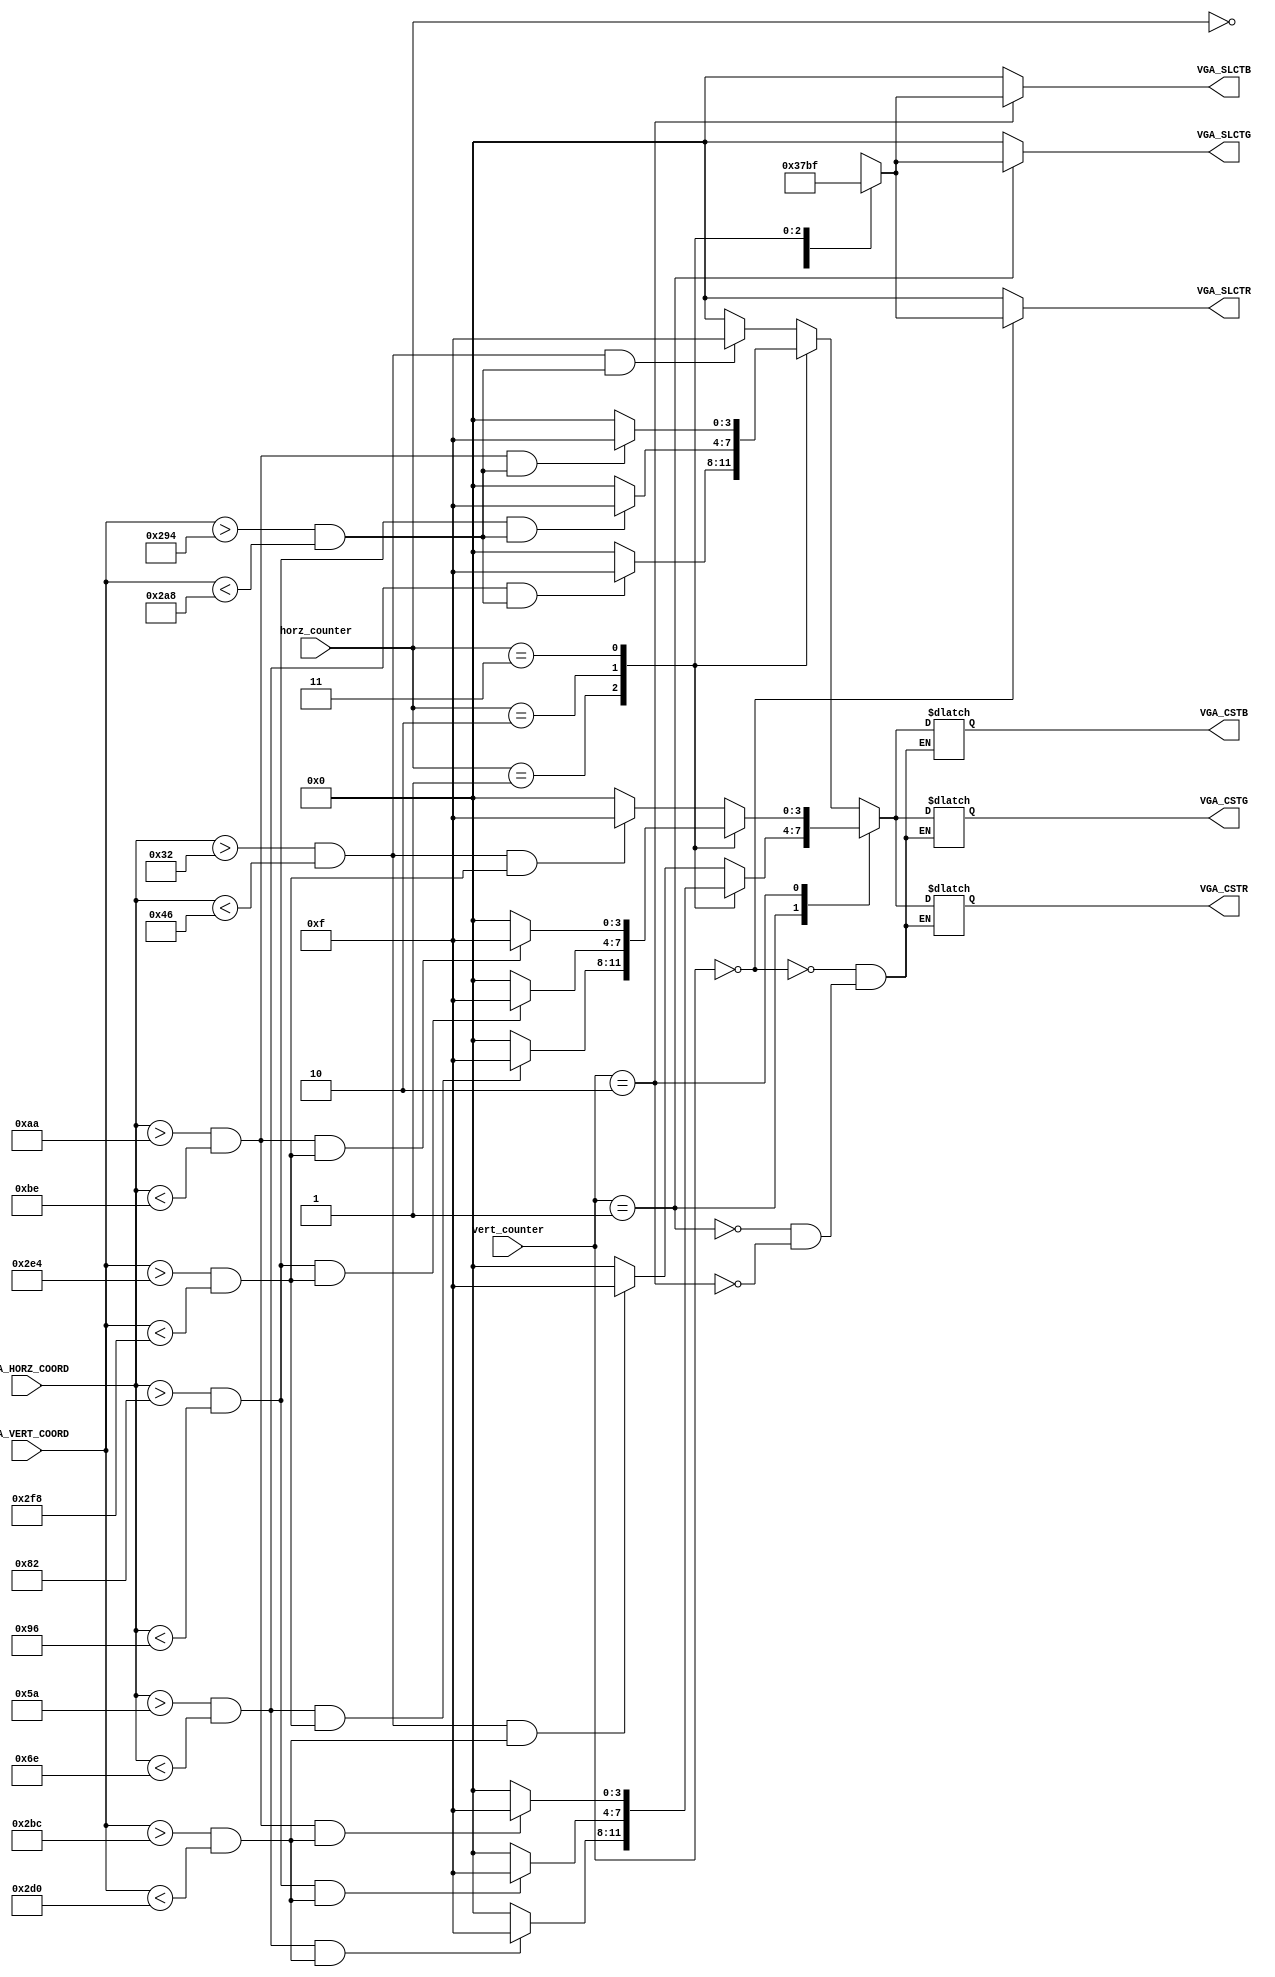
`timescale 1ns / 1ps

module clr_selection(
    input [11:0] VGA_HORZ_COORD,
    input [11:0] VGA_VERT_COORD,
    input [1:0] horz_counter,
    input [1:0] vert_counter,
    output reg [3:0] VGA_CSTR,
    output reg [3:0] VGA_CSTG,
    output reg [3:0] VGA_CSTB,
    
    output reg [3:0] VGA_SLCTR,
    output reg [3:0] VGA_SLCTG,
    output reg [3:0] VGA_SLCTB
    );
    
    parameter sep = 40;
    parameter x_left = 40; 
    parameter redrow = 410 + sep*6;
    parameter greenrow = 410 + sep*7;
    parameter bluerow = 410 + sep*8;
    
    wire Horz_Condition_0 = (VGA_HORZ_COORD > x_left+10 && VGA_HORZ_COORD < x_left+30);
    wire Horz_Condition_1 = (VGA_HORZ_COORD > x_left+10+sep*1 && VGA_HORZ_COORD < x_left+30+sep*1);
    wire Horz_Condition_2 = (VGA_HORZ_COORD > x_left+10+sep*2 && VGA_HORZ_COORD < x_left+30+sep*2);
    wire Horz_Condition_3 = (VGA_HORZ_COORD > x_left+10+sep*3 && VGA_HORZ_COORD < x_left+30+sep*3);
    
    wire Vert_Condition_0 = (VGA_VERT_COORD > redrow+10 && VGA_VERT_COORD < redrow+30);
    wire Vert_Condition_1 = (VGA_VERT_COORD > greenrow+10 && VGA_VERT_COORD < greenrow+30);
    wire Vert_Condition_2 = (VGA_VERT_COORD > bluerow+10 && VGA_VERT_COORD < bluerow+30);
    
    always@(*) begin
        VGA_SLCTR <= 4'h0;
        VGA_SLCTG <= 4'h0;
        VGA_SLCTB <= 4'h0;
        
        case(vert_counter)
            0:
                begin
                case(horz_counter)
                    0:
                        begin
                            VGA_CSTR <= (Horz_Condition_0 && Vert_Condition_0) ? 4'hf : 0;
                            VGA_CSTG <= (Horz_Condition_0 && Vert_Condition_0) ? 4'hf : 0;
                            VGA_CSTB <= (Horz_Condition_0 && Vert_Condition_0) ? 4'hf : 0;
                            VGA_SLCTR <= 4'h3;
                        end
                    1:
                        begin
                            VGA_CSTR <= (Horz_Condition_1 && Vert_Condition_0) ? 4'hf : 0;
                            VGA_CSTG <= (Horz_Condition_1 && Vert_Condition_0) ? 4'hf : 0;
                            VGA_CSTB <= (Horz_Condition_1 && Vert_Condition_0) ? 4'hf : 0;
                            VGA_SLCTR <= 4'h7;
                        end
                    2:
                        begin
                            VGA_CSTR <= (Horz_Condition_2 && Vert_Condition_0) ? 4'hf : 0;
                            VGA_CSTG <= (Horz_Condition_2 && Vert_Condition_0) ? 4'hf : 0;
                            VGA_CSTB <= (Horz_Condition_2 && Vert_Condition_0) ? 4'hf : 0;
                            VGA_SLCTR <= 4'hB;
                        end
                    3:
                        begin
                            VGA_CSTR <= (Horz_Condition_3 && Vert_Condition_0) ? 4'hf : 0;
                            VGA_CSTG <= (Horz_Condition_3 && Vert_Condition_0) ? 4'hf : 0;
                            VGA_CSTB <= (Horz_Condition_3 && Vert_Condition_0) ? 4'hf : 0;
                            VGA_SLCTR <= 4'hF;
                        end
                    endcase
                end
            1:
                begin
                case(horz_counter)
                    0:
                        begin
                            VGA_CSTR <= (Horz_Condition_0 && Vert_Condition_1) ? 4'hf : 0;
                            VGA_CSTG <= (Horz_Condition_0 && Vert_Condition_1) ? 4'hf : 0;
                            VGA_CSTB <= (Horz_Condition_0 && Vert_Condition_1) ? 4'hf : 0;
                            VGA_SLCTG <= 4'h3;
                        end
                    1:
                        begin
                            VGA_CSTR <= (Horz_Condition_1 && Vert_Condition_1) ? 4'hf : 0;
                            VGA_CSTG <= (Horz_Condition_1 && Vert_Condition_1) ? 4'hf : 0;
                            VGA_CSTB <= (Horz_Condition_1 && Vert_Condition_1) ? 4'hf : 0;
                            VGA_SLCTG <= 4'h7;
                        end
                    2:
                        begin
                            VGA_CSTR <= (Horz_Condition_2 && Vert_Condition_1) ? 4'hf : 0;
                            VGA_CSTG <= (Horz_Condition_2 && Vert_Condition_1) ? 4'hf : 0;
                            VGA_CSTB <= (Horz_Condition_2 && Vert_Condition_1) ? 4'hf : 0;
                            VGA_SLCTG <= 4'hB;
                        end
                    3:
                        begin
                            VGA_CSTR <= (Horz_Condition_3 && Vert_Condition_1) ? 4'hf : 0;
                            VGA_CSTG <= (Horz_Condition_3 && Vert_Condition_1) ? 4'hf : 0;
                            VGA_CSTB <= (Horz_Condition_3 && Vert_Condition_1) ? 4'hf : 0;
                            VGA_SLCTG <= 4'hF;
                        end
                    endcase
                end
            2:
                begin
                case(horz_counter)
                    0:
                        begin
                            VGA_CSTR <= (Horz_Condition_0 && Vert_Condition_2) ? 4'hf : 0;
                            VGA_CSTG <= (Horz_Condition_0 && Vert_Condition_2) ? 4'hf : 0;
                            VGA_CSTB <= (Horz_Condition_0 && Vert_Condition_2) ? 4'hf : 0;
                            VGA_SLCTB <= 4'h3;
                        end
                    1:
                        begin
                            VGA_CSTR <= (Horz_Condition_1 && Vert_Condition_2) ? 4'hf : 0;
                            VGA_CSTG <= (Horz_Condition_1 && Vert_Condition_2) ? 4'hf : 0;
                            VGA_CSTB <= (Horz_Condition_1 && Vert_Condition_2) ? 4'hf : 0;
                            VGA_SLCTB <= 4'h7;
                        end
                    2:
                        begin
                            VGA_CSTR <= (Horz_Condition_2 && Vert_Condition_2) ? 4'hf : 0;
                            VGA_CSTG <= (Horz_Condition_2 && Vert_Condition_2) ? 4'hf : 0;
                            VGA_CSTB <= (Horz_Condition_2 && Vert_Condition_2) ? 4'hf : 0;
                            VGA_SLCTB <= 4'hB;
                        end
                    3:
                        begin
                            VGA_CSTR <= (Horz_Condition_3 && Vert_Condition_2) ? 4'hf : 0;
                            VGA_CSTG <= (Horz_Condition_3 && Vert_Condition_2) ? 4'hf : 0;
                            VGA_CSTB <= (Horz_Condition_3 && Vert_Condition_2) ? 4'hf : 0;
                            VGA_SLCTB <= 4'hF;
                        end
                    endcase
                end
         endcase
    end
    
endmodule